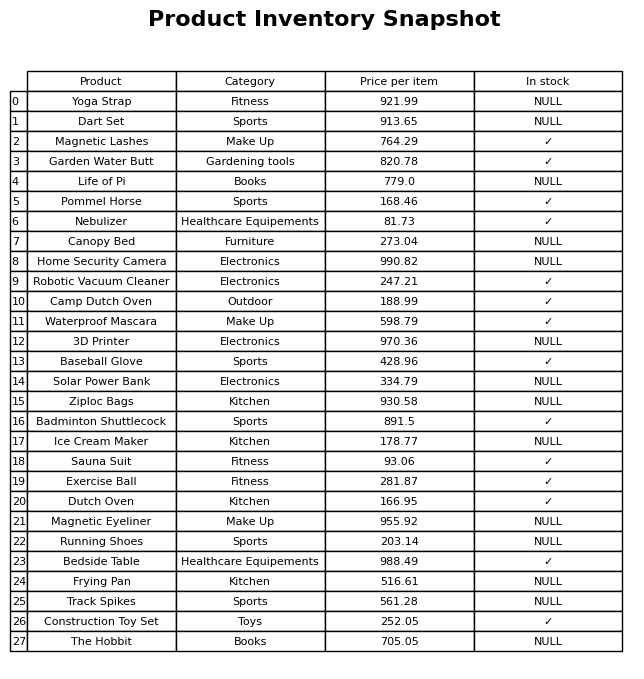
question: What is the stock status of the Garden Water Butt?
answer: ✓